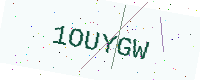
Text: 1OUYGW